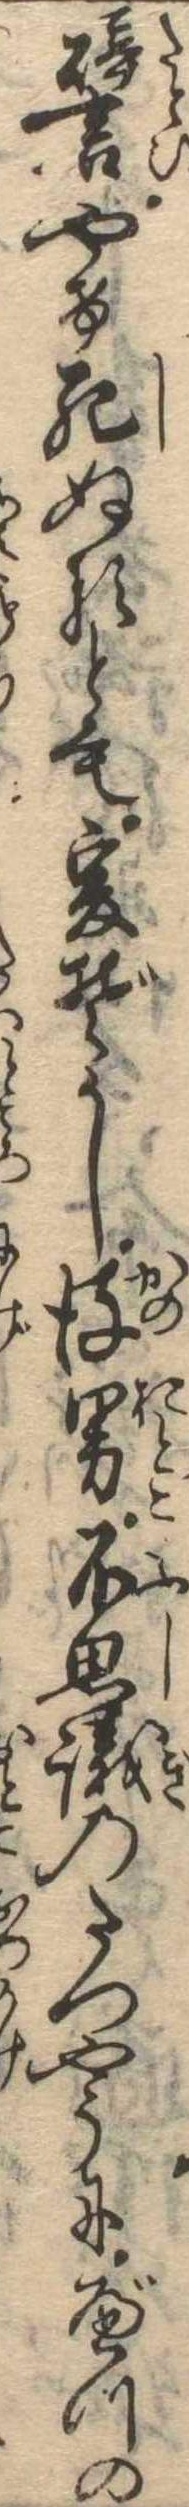
譬やけ死ぬるとも爰ぞかし彼男不思議のたつやうにべつの